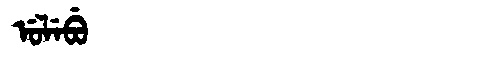
Manchu: ᡠᠯᡝᠪᡠ
Romanization: ULEBU